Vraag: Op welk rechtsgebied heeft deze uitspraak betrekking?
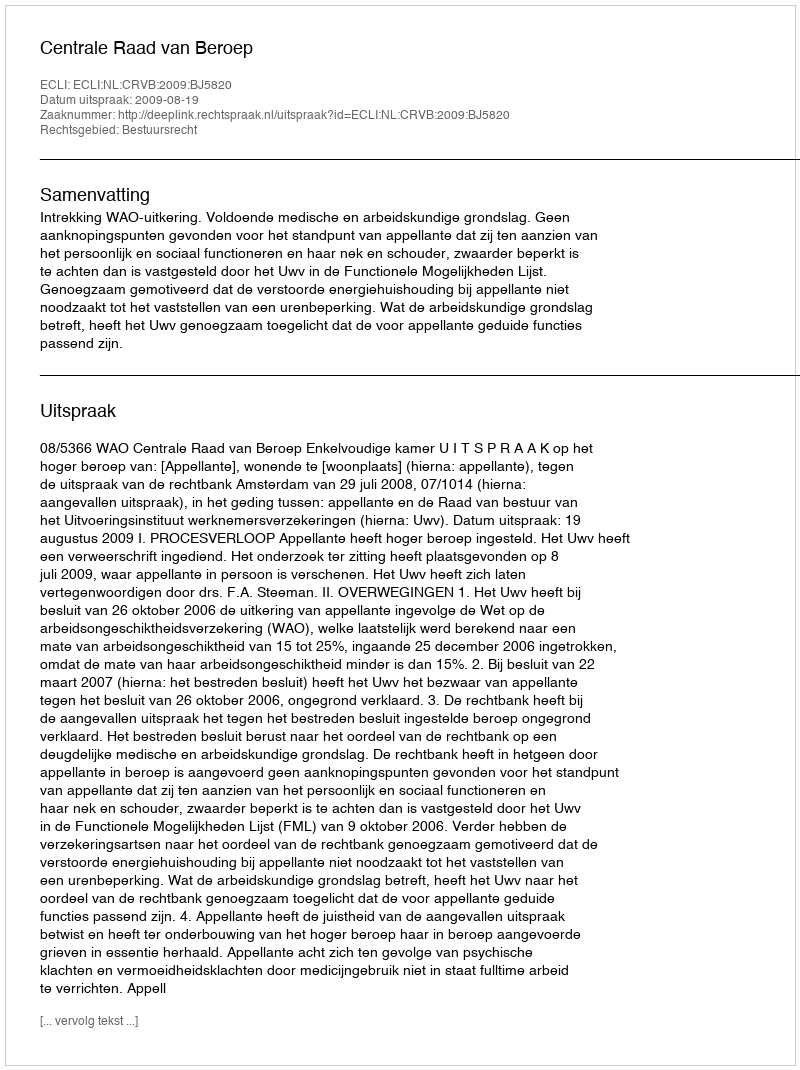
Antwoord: Bestuursrecht